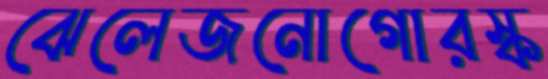
ঝেলেজনোগোরস্ক